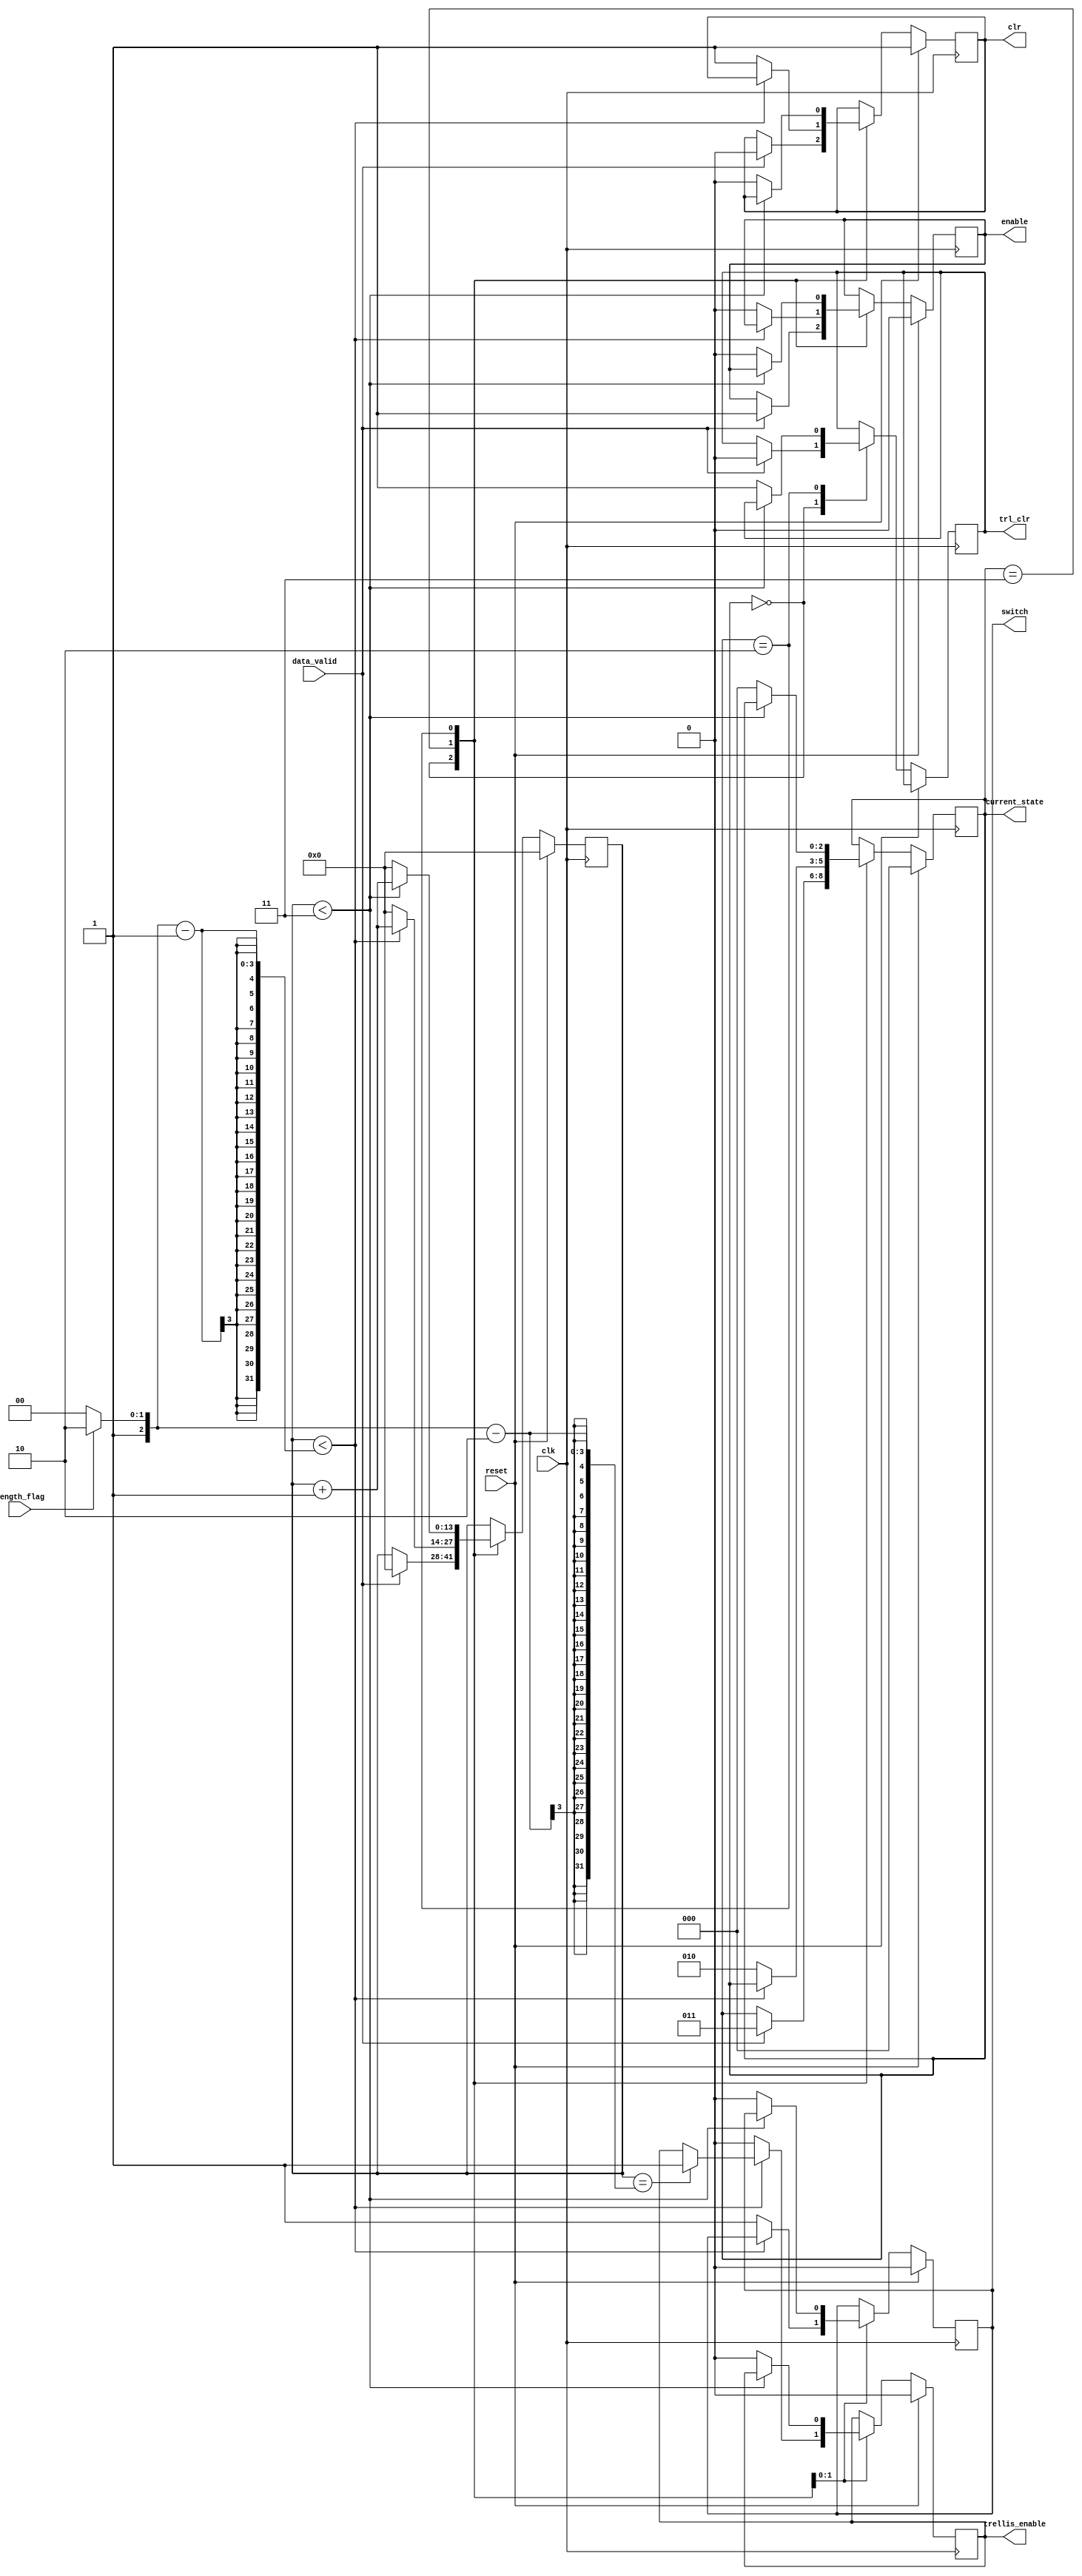
module fsm(
	data_valid, 
	reset, 
	clk,
	length_flag,
	enable,
	trellis_enable,
	current_state,
	switch,
	clr,
	trl_clr);
	
	input data_valid, reset, clk, length_flag;
	output reg enable, clr, trellis_enable, switch, trl_clr;
	
	output reg[2:0] current_state;
	reg[13:0] length_counter;
	
	parameter WAIT = 0;
	parameter ENCODE = 3;
	parameter TERMINATE = 2;

	wire[13:0] length;

	assign length = length_flag ? 13'd6 : 13'd4; //changed for testing purposes
	
	initial begin
		length_counter <= 0;
		current_state <= WAIT;
		enable <= 0;
		trellis_enable <= 0;
		switch <= 0;
	end
	
	always @(posedge clk) begin
		if (reset) begin
			length_counter <= 0;
			current_state <= WAIT;
			enable <= 0;
			trellis_enable <= 0;
			switch <= 0;
			clr <= 1;
		end else begin
			case (current_state)
				WAIT: begin
						if (data_valid) begin
							clr <= 0;
							trl_clr <= 0;
							enable <= 1;
							current_state <= ENCODE;
							length_counter <= 0; //because buffer state 1 clock
						end
						end
				ENCODE: begin
						if (length_counter < length-1) begin
							length_counter <= length_counter + 1;
							if (length_counter == length-2) begin
								trellis_enable <= 1;
							end
						end else begin
							length_counter <= 0;
							enable <= 0;
							trellis_enable <= 0;
							clr <= 1;
							current_state <= TERMINATE;
							switch <= 1;
						end
						end
				TERMINATE: begin
						if (length_counter < 3) begin
							length_counter <= length_counter + 1;
						end else begin
							clr <= 0;
							switch <= 0;
							length_counter <= 0;
							enable <= 0;
							trellis_enable <= 0;
							trl_clr <= 1;
							current_state <= WAIT;
						end
						end
			endcase
		end
	end
	
endmodule